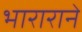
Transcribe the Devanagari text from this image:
भाराराने